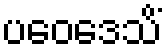
ပဝေဒေသိံ